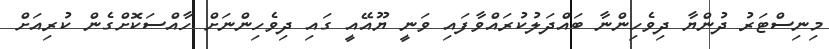
މިނިސްޓަރު ދުންޔާ ދިވެހިންނާ ބައްދަލުކުރައްވާފައި ވަނީ ޔޫއޭއީ ގައި ދިވެހިންނަށް ހާއްސަކޮށްގެން ކުރިއަށް